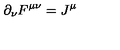
\partial _ { \nu } F ^ { \mu \nu } = J ^ { \mu }